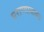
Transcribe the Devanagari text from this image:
घराण्याबाबत